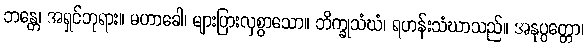
ဘန္တေ၊ အရှင်ဘုရား။ မဟာခေါ၊ များပြားလှစွာသော။ ဘိက္ခုသံဃံ၊ ရဟန်းသံဃာသည်။ အနုပ္ပတ္တော၊